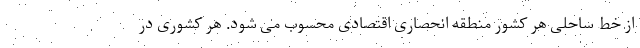
از خط ساحلی هر کشور منطقه انحصاری اقتصادی محسوب می شود. هر کشوری در